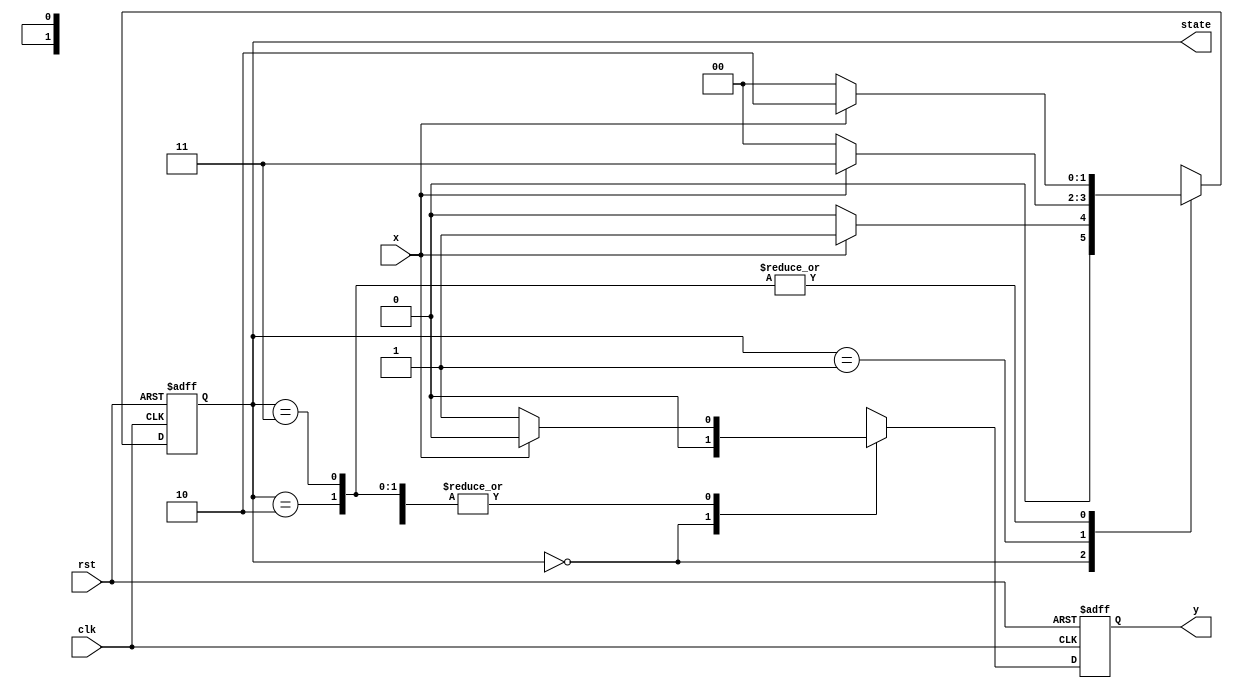
`timescale 1ns / 1ps
//////////////////////////////////////////////////////////////////////////////////
// Company: 
// Engineer: 
// 
// Design Name: 
// Module Name: SM1
// Project Name: 
// Target Devices: 
// Tool Versions: 
// Description: 
// 
// Dependencies: 
// 
// Revision:
// Revision 0.01 - File Created
// Additional Comments:
// 
//////////////////////////////////////////////////////////////////////////////////


module SM1(clk, rst, x, y, state);

input clk, rst, x;
output reg [1:0] state;
output reg y;

always @(negedge rst or posedge clk) begin
    if(!rst) state <= 2'b00;
    else begin
        case(state)
            2'b00: state <= x ? 2'b01 : 2'b00;
            2'b01: state <= x ? 2'b11 : 2'b00;
            2'b10: state <= x ? 2'b10 : 2'b00;
            2'b11: state <= x ? 2'b10 : 2'b00;
        endcase
    end
end
always @(negedge rst or posedge clk) begin
    if(!rst) y <= 0;
    else begin
        case(state)
            2'b00: y <= 1'b0;
            2'b01: y <= x ? 1'b0 : 1'b1;
            2'b10: y <= x ? 1'b0 : 1'b1;
            2'b11: y <= x ? 1'b0 : 1'b1;
        endcase
    end
end
endmodule